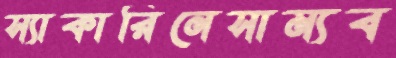
স্যাকারিনেসাম্যব